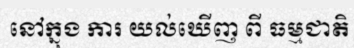
នៅក្នុង ការ យល់ឃើញ ពី ធម្មជាតិ